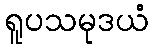
ရူပသမုဒယံ